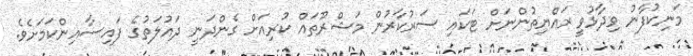
މަނިކުފާނު ވިދާޅުވީ ރައްޔިތުންނަށް ޓަކައި ސަރުކާރުން މަޝްރޫތައް ކުރިއަށް ގެންދަނީ ދައުލަތުގެ ފައިސާއިންކަމަށެވެ.